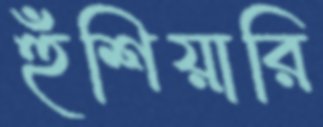
হুঁশিয়ারি